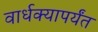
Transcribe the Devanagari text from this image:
वार्धक्यापर्यंत